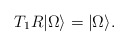
\begin{align*}T_1R \vert \Omega \rangle= \vert \Omega \rangle .\end{align*}